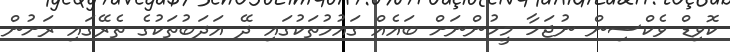
ކޮވިޑް ވެކްސިން ނުޖަހާ މީހުންނަށް ބައެއް ގައުމުތަކުގައި ދޭ އަދަބުތަކުގެ ތެރޭގައި ރަށުން